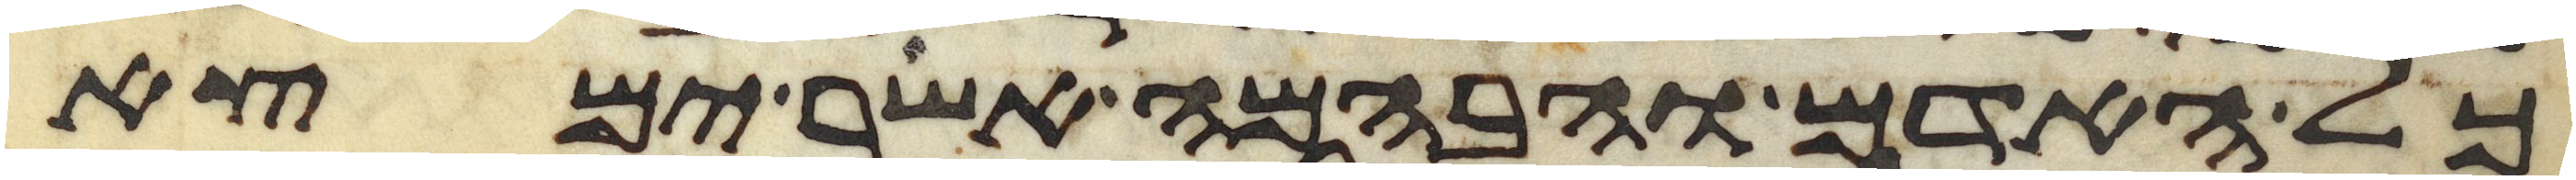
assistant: כל האדם והבהמה אשר ימצא